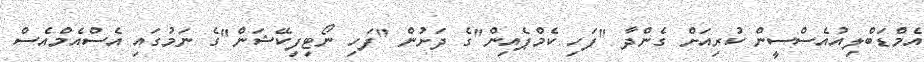
އެމްޑަބްލިއުއެސްސީން ކުރިއަށް ގެންދާ "ފަހި ކެމްޕެއިން"ގެ ދަށުން "ފަހި ނޯޓިފިކޭޝަން"ގެ ނަމުގައި އެސްއެމްއެސް